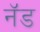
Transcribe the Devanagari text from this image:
नॅड